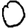
Digit: 0